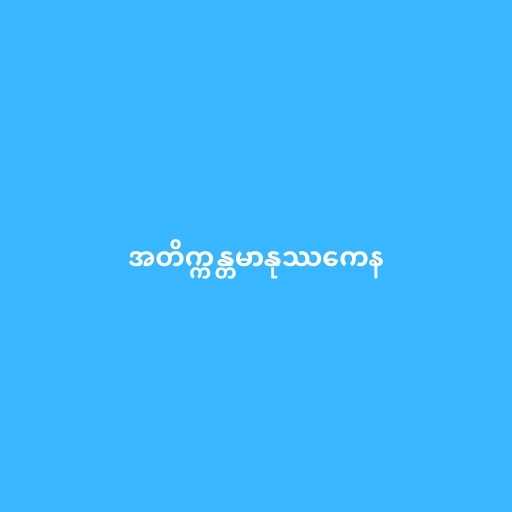
အတိက္ကန္တမာနုဿကေန